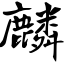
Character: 麟